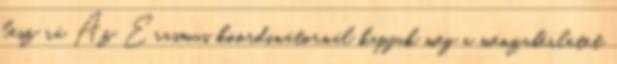
lesz rá Az Erasmus koordinátornál kapjuk meg a menzabérletet